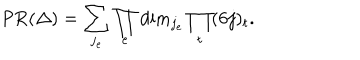
\mathrm { P R } ( \Delta ) = \sum _ { j _ { e } } \prod _ { e } \mathrm { d i m } _ { j _ { e } } \prod _ { t } ( 6 j ) _ { t } .